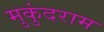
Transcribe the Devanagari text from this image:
मुकुंदराम